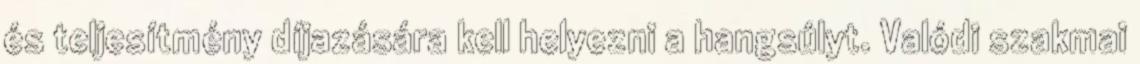
és teljesítmény díjazására kell helyezni a hangsúlyt. Valódi szakmai